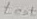
Text: test